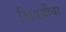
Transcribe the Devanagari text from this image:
चित्रग्रीवा